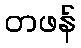
တဖန်